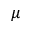
\mu